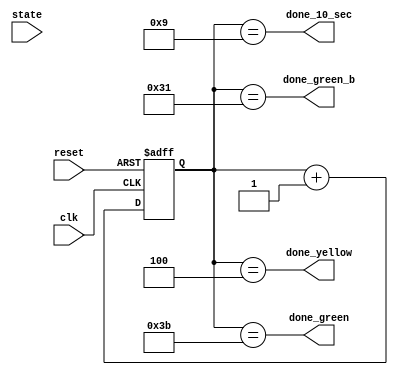
`timescale 1ns / 1ps
//////////////////////////////////////////////////////////////////////////////////
// Company: 
// Engineer: 
// 
// Design Name: 
// Module Name: timer
// Project Name: 
// Target Devices: 
// Tool Versions: 
// Description: 
// 
// Dependencies: 
// 
// Revision:
// Revision 0.01 - File Created
// Additional Comments:
// 
//////////////////////////////////////////////////////////////////////////////////


module timer#(parameter green_a=60,yellow=5,green_b=50,sec_10=10)(
    input clk,
    input reset,
    input [3:0] state,
    output done_green,done_yellow,done_green_b,done_10_sec
    );
//    reg [9:0] timer;
//    always@(posedge clk,posedge reset)begin
//    if(reset)
//     timer=0;
//    else
//     timer=timer+1;
//    end
    
//    assign done= (timer==final);
//     parameter     s0=3'd0,
//                   s1=3'd1,
//                   s2=3'd2,
//                   s3=3'd3,
//                   s4=3'd4,
//                   s5=3'd5,
//                   s6=3'd6,
//                   s7=3'd7,
//                   s8=4'd8,
//                   s9=4'd9,
//                   s10=4'd10,
//                   s11=4'd11;
   reg[9:0] Q_reg,Q_next;
    always@(posedge clk,posedge reset)begin
    if(reset)begin
     Q_reg<=0;
//     case(state)
//     s0:final=10'd58;
//     s1:final=10'd58;
//     s2:final=10'd8;
//     s3:final=10'd8;
//     s4:final=10'd3;
//     s5:final=10'd3;
//     s6:final=10'd58;
//     s7:final=10'd58;
//     s8:final=10'd8;
//     s9:final=10'd8;
//     s10:final=10'd3;
//     s11:final=10'd3;
//     endcase
    end
    else
     Q_reg<=Q_next;
    end
    always@(*)begin
    Q_next=Q_reg+1;
    end
    assign done_green=(Q_reg==green_a-1);
    assign done_yellow=(Q_reg==yellow-1);
    assign done_green_b=(Q_reg==green_b-1);
    assign done_10_sec=(Q_reg==sec_10-1);
endmodule